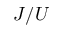
J / U